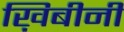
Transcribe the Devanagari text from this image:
ख़िबीनी